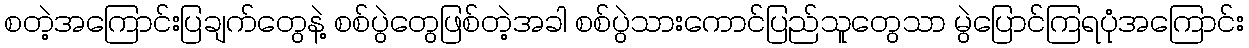
စတဲ့အကြောင်းပြချက်တွေနဲ့ စစ်ပွဲတွေဖြစ်တဲ့အခါ စစ်ပွဲသားကောင်ပြည်သူတွေသာ မွဲပြောင်ကြရပုံအကြောင်း